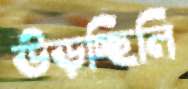
উড়চ্ছিলি